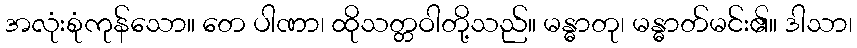
အလုံးစုံကုန်သော။ တေ ပါဏာ၊ ထိုသတ္တဝါတို့သည်။ မန္ဓာတု၊ မန္ဓာတ်မင်း၏။ ဒါသာ၊